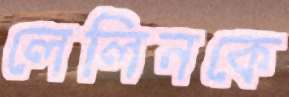
লেলিনকে